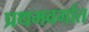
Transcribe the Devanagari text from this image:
प्रथमवर्गात